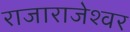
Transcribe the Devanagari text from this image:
राजाराजेश्‍वर